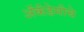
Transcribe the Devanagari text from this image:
अॅकॅडेमीचे